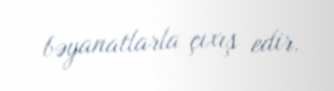
bəyanatlarla çıxış edir.